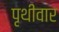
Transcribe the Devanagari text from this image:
पृथीवार